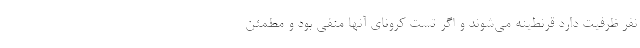
نفر ظرفیت دارد قرنطینه می‌شوند و اگر تست کرونای آنها منفی بود و مطمئن